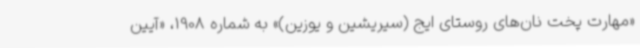
«مهارت پخت نان‌های روستای ایج (سیریشین و یوزین)» به شماره 1908، «آیین